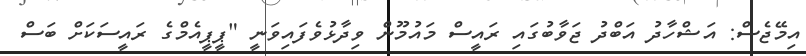
އިމޭޖެސް: އަޝްހާދު އަބްދު ޖަވާބުގައި ރައީސް މައުމޫން ވިދާޅުވެފައިވަނީ "ޕީޕީއެމްގެ ރައީސަކަށް ބަސް